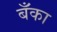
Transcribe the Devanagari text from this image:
बॅँका